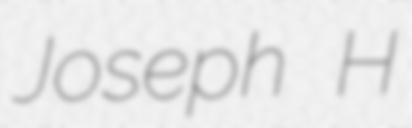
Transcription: Joseph H